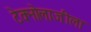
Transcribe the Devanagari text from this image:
टेक्नोलाजीला